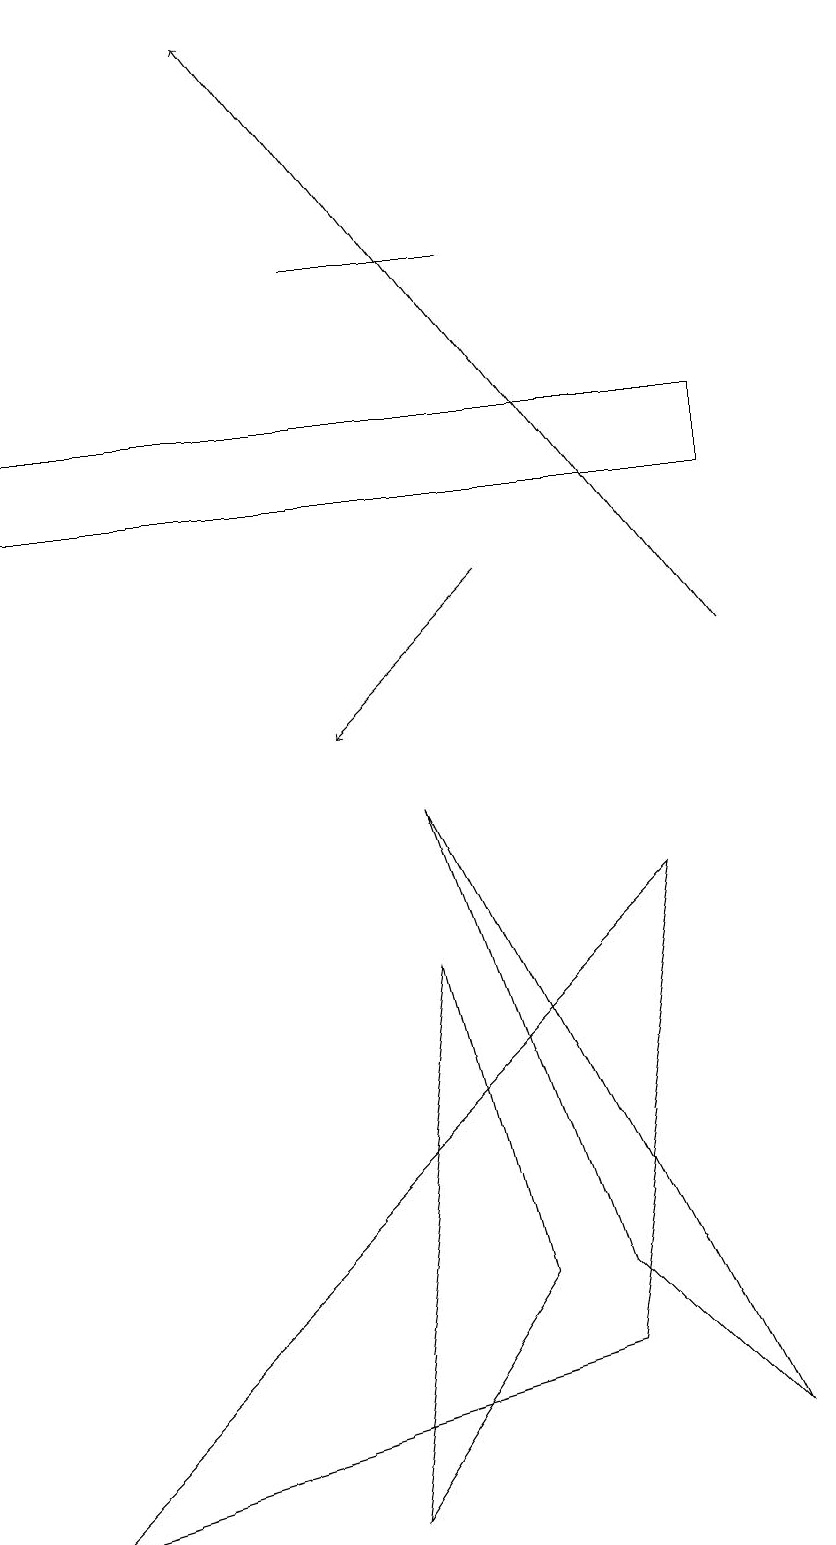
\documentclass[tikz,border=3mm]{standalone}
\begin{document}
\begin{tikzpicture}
\draw (4,16) rectangle (6,16);
\draw (5,9) -- (9,1) -- (7,3) -- cycle;
\draw (6,3) -- (5,7) -- (4,0) -- cycle;
\draw (0,14) rectangle (9,13);
\draw (8,8) -- (0,0) -- (7,2) -- cycle;
\draw[->] (9,11) -- (3,19);
\draw (10,10) circle (0);
\draw[->] (6,12) -- (4,10);
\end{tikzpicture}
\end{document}